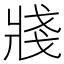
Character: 𤖆